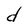
Character: d